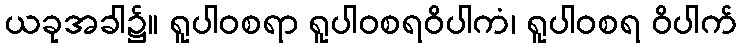
ယခုအခါ၌။ ရူပါဝစရာ ရူပါဝစရဝိပါကံ၊ ရူပါဝစရ ဝိပါက်